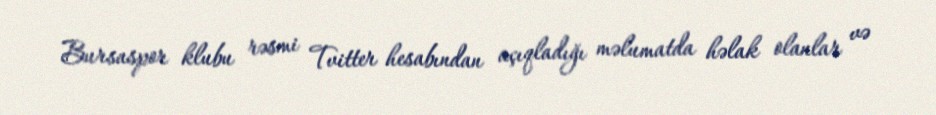
Bursaspor klubu rəsmi Tvitter hesabından açıqladığı məlumatda həlak olanlar və